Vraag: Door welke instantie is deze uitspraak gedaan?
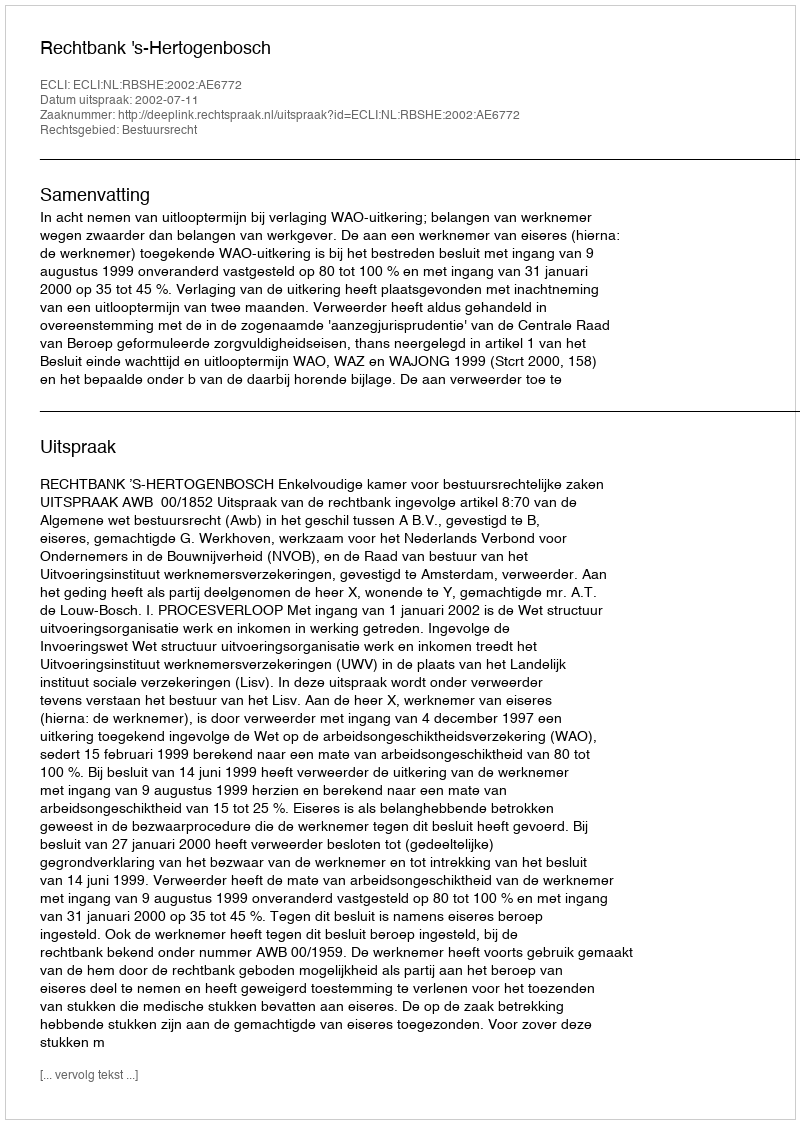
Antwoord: Rechtbank 's-Hertogenbosch